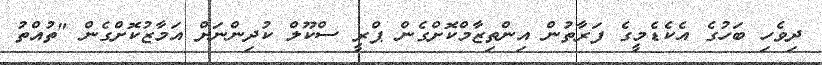
ދިވެހި ބަހުގެ އެކެޑެމީގެ ފަރާތުން އިންތިޒާމްކޮށްގެން ޕްރީ ސްކޫލް ކުދިންނަށް އަމާޒުކޮށްގެން "ތުއްތު